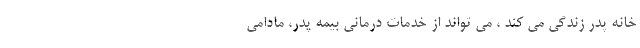
خانه پدر زندگی می کند ، می تواند از خدمات درمانی بیمه پدر، مادامی